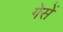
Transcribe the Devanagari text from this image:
गेसें